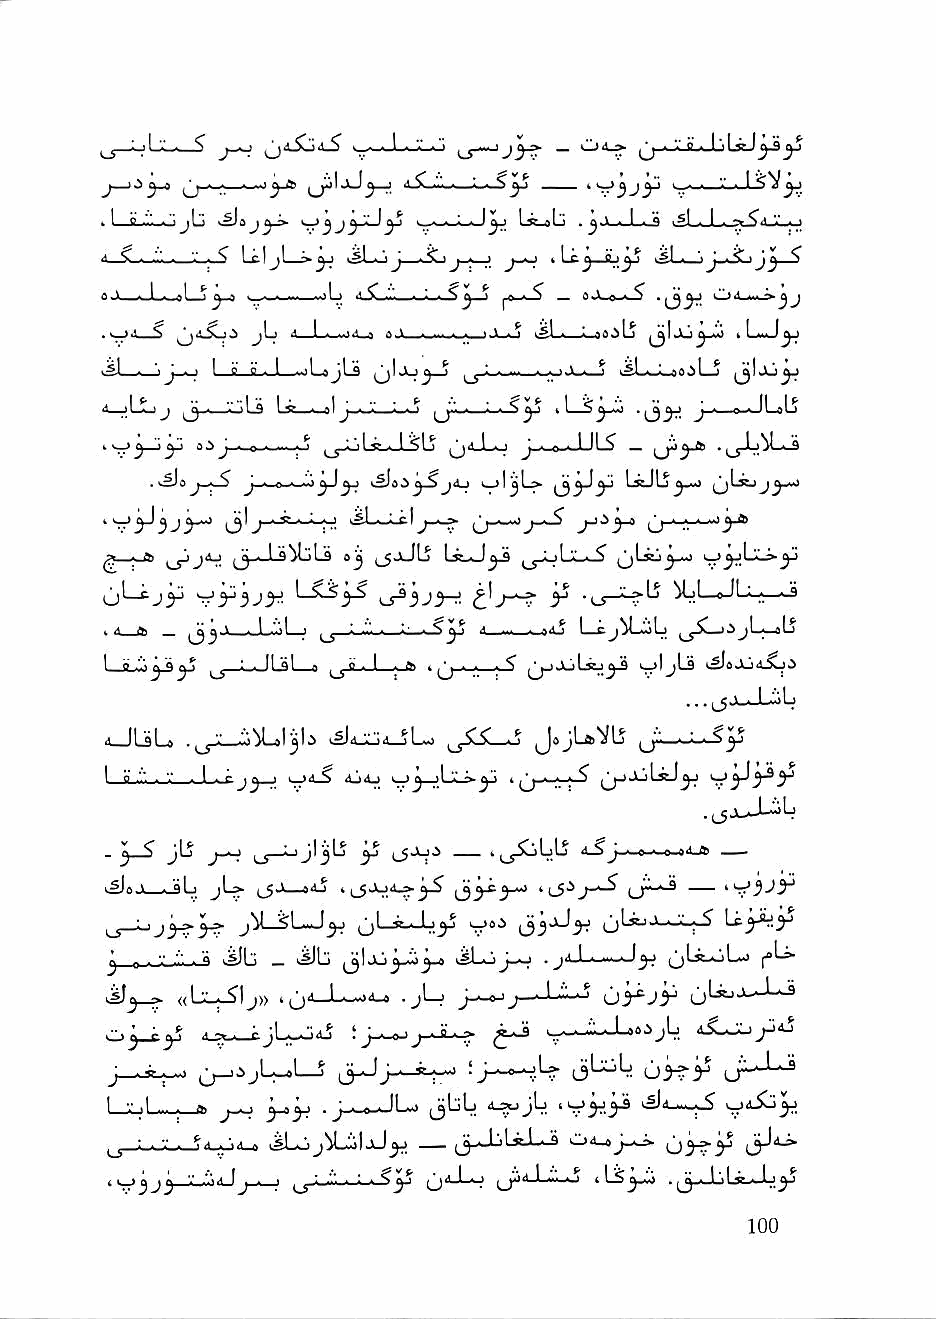
■I . . <                    _    i * I
 . 1 O ^ . 1 J Iji ^ * !)       I  ^ I ■_Q V^l^_rt_jL_Lr-L?^_^'* ■ ' ■ ■ *
 ^ C . -' - V - ^ I ^ i^I ^ ^ J - ^ ^ J'^-~^ J-^ . \ e- ^ ft . ^ J '^ ^ ^
 c6«AV ■*■!■■>.»l.^ ^.4 ww>*^^>.M—■oLj a^.m'.,..^ «S |6 * ^ — 0ji-p.^^ *i3^ c.>4-w->jj
 jLj d 1 . ..\A ift ^ ^ ^ ^.gl « * jO^lS ^|iij^_M> k Lm.J^
 J JL^ ^
 sjLs qIjlj^_5   jJ—I—j kSLwi—e6jL-j ^Iju^
 4_jLJLij ^ ., '.'."iLfl Ls ■ n ^ J ■ '■" - - ^ j^'.'ii. • ■ il 'l3^ J • I»I« IL»Lj
 ts^C)— a 3 J__e-._—|-J ^^j-oLs-J^lj ^d_Lo J ■ n ■ ^ ^
 i ^ ^
 LkJIj^^
 I      kSL-i-cly~i?        ^^«-i—«-»Jj-ft
 1-*   (^^.J-S^LjLs a^ l^JkJla Ls-J^
 ^jL-Cj^      I          ^    ^        MjI—a
 ■ a ^  jiV _..l..'oL-; : .'I'l . ; ■ i _a4j I—cjy_.iiLj jL_oL5
 1 o.V.^Qj^ ^ ■ H "q1 n ^ °" - I - '^    i^ajja^i
 ... ijJw^-LCala
 UUU                    j:^  JajUVLi
 I a ". . ? . I . r J J I kJ4_S djaj > ^^>->-^ ^jjLaJ^
 .(JJl-J-^Lj
 .   JLj     LijIjjLj jyj       ■l-^j-i-e i-.e-oi'-rti ^—
 L SI. I ■ a I ' jL? t_5 »''-J 1 n_5i^^-«^ (jr~^
 V-? ' ' j3 ^3 v  ijl—v.' lay     ijl^ V, .-w-^ Lc^^^-"
 j n . '.' .•.'. ■ Q >^b _ k^Lj i,sLo J_o . jil.l (jLi^L~)
 iJ3_» «((LL::_l^^1I Jj))>> .ijjjj44___LL__s-o)i^^ .. jLj j—L^-' u'^jy
 ad_5_w5i—^C^jLL«—^»4-i A5J t ^ ■-... .V. ■ 1 aa:>jL
 j—-S-^            j—    • >—
 LjljL.,-;—a. ^ .j_w._JLa jbL  "y'y'^
 j_j_;_.J.L-_j4^4_o jLjjiLoljJ^ (j_Ujl.aJ_^ 04_« (j y'^y
 ' '"'3-^3 " '"' ^J-' ' [jii-Lo jjja-Li-o 4 . ^^^.JuLk^-Ij^j
 a-m3«